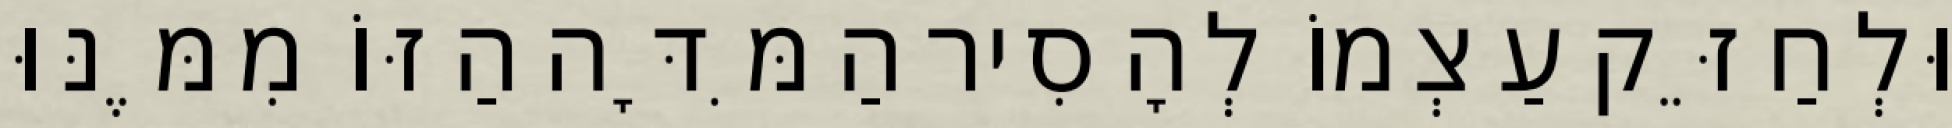
וּלְחַזֵּק עַצְמוֹ לְהָסִיר הַמִּדָּה הַזּוֹ מִמֶּנּוּ